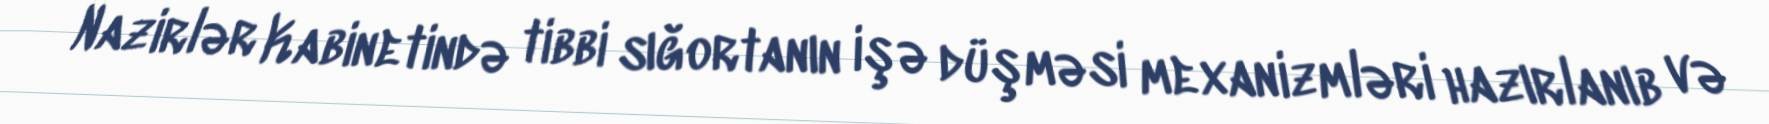
Nazirlər Kabinetində tibbi sığortanın işə düşməsi mexanizmləri hazırlanıb və